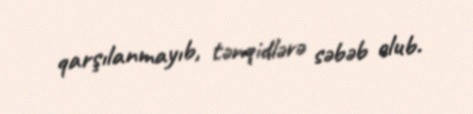
qarşılanmayıb, tənqidlərə səbəb olub.